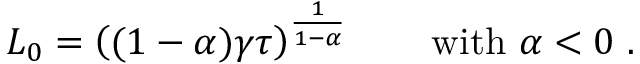
L _ { 0 } = \left( ( 1 - \alpha ) \gamma \tau \right) ^ { \frac { 1 } { 1 - \alpha } } \qquad \mathrm { w i t h } \ \alpha < 0 \ .